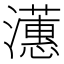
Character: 𪷺